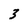
Character: 3